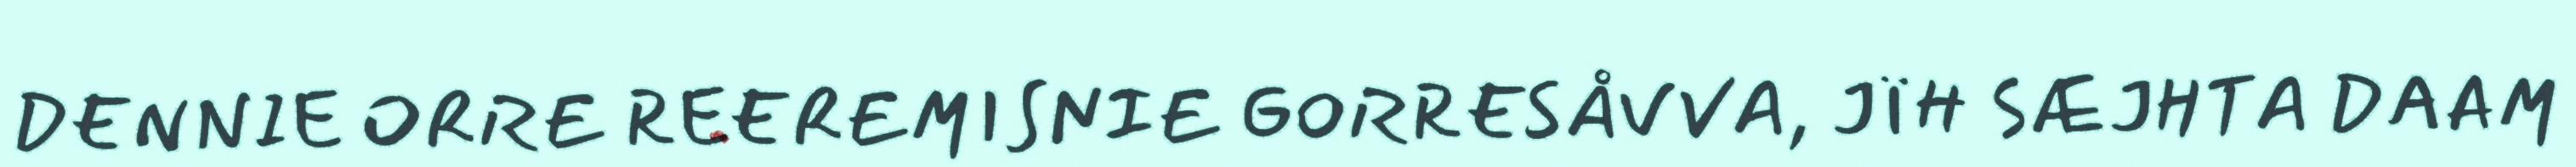
DENNIE ORRE REEREMISNIE GORRESÅVVA, JÏH SÆJHTA DAAM